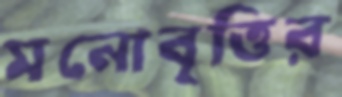
মনোবৃত্তির